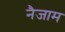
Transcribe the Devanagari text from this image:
नैजाम